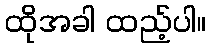
ထိုအခါ ထည့်ပါ။